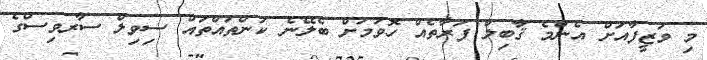
މި ވަޒީފާއަށް އެންމެ ޤާބިލް ފަރާތެއް ހޮވުމަށް ބެލޭނެ ކަންތައްތައް ސިވިލް ސާރވިސްގެ